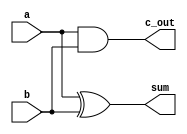
module Add_half(sum, c_out, a, b);

  input a, b;
  output sum, c_out;

  xor M(sum, a, b);
  and N(c_out, a, b);

endmodule

module Add_full();

  reg a, b, c_in;
  wire sum, c_out;
  wire w1, w2, w3;
  integer i;

  Add_half M1(w1, w2, a , b);
  Add_half M2(sum, w3, c_in, w1);
  or (c_out, w2, w3);

  initial begin
    $monitor("a: %b b: %b c_in: %b sum: %b c_out: %b @ %0t", a, b, c_in, sum, c_out, $time);
    for (i = 0; i < 8; i = i + 1)
    begin
      {a, b, c_in} = i;
      #10;
    end
  end

  initial begin
    $dumpfile("Add.vcd");
    $dumpvars();
  end

endmodule